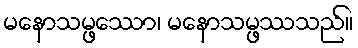
မနောသမ္ဖဿော၊ မနောသမ္ဖဿသည်။